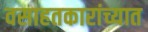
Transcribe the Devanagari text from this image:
वसाहतकारांच्यात